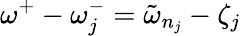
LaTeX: \omega^{+}-\omega_{j}^{-}=\tilde{\omega}_{n_{j}}-\zeta_{j}